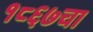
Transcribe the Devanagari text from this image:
१८६७चा